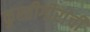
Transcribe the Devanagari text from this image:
कुस्तीगीरांची